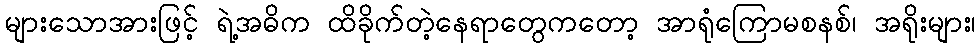
များသောအားဖြင့် ရဲ့အဓိက ထိခိုက်တဲ့နေရာတွေကတော့ အာရုံကြောမစနစ်၊ အရိုးများ၊